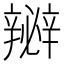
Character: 𨐵